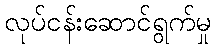
လုပ်ငန်းဆောင်ရွက်မှု